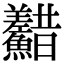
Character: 𩽫